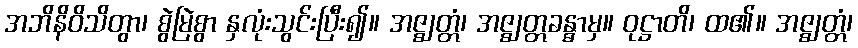
အဘိနိဝိသိတွာ၊ စွဲမြဲစွာ နှလုံးသွင်းပြီး၍။ အဇ္ဈတ္တံ၊ အဇ္ဈတ္တခန္ဓာမှ။ ဝုဋ္ဌာတိ၊ ထ၏။ အဇ္ဈတ္တံ၊